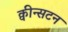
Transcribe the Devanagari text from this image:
क्वीन्सटन